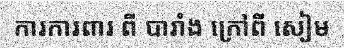
ការការពារ ពី បារាំង ក្រៅពី សៀម